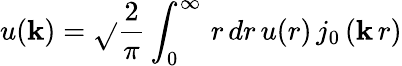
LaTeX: u(\mathbf{k})=\sqrt{}{{\frac{{2}}{{\pi}}}}\int_{0}^{\infty}\, r\, dr\, u(r)\, j_{0}\left(\mathbf{k}\, r\right)